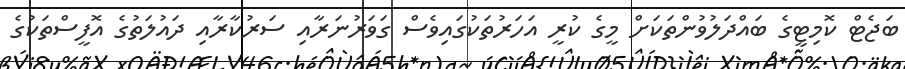
ބަޖެޓް ކޮމިޓީގެ ބައްދަލުވުންތަކަށް މީގެ ކުރީ އަހަރުތަކުގައިވެސް ގަވަރުނަރާއި ސަރުކާރާއި ދައުލަތުގެ އޮފީސްތަކުގެ